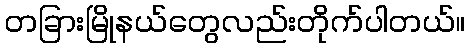
တခြားမြိုနယ်တွေလည်းတိုက်ပါတယ်။